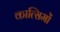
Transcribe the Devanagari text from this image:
कात्सिमों